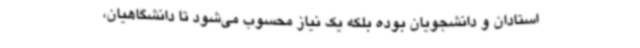
استادان و دانشجویان بوده بلکه یک نیاز محسوب می‌شود تا دانشگاهیان،